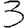
Digit: 3